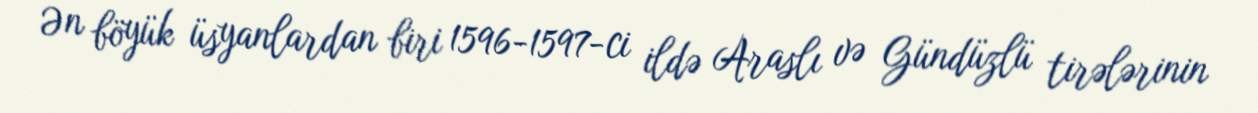
Ən böyük üsyanlardan biri 1596-1597-ci ildə Araslı və Gündüzlü tirələrinin